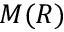
M ( R )